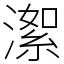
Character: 㵖